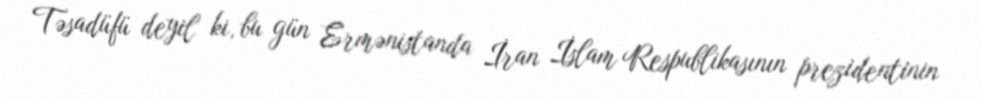
Təsadüfü deyil ki, bu gün Ermənistanda İran İslam Respublikasının prezidentinin